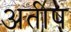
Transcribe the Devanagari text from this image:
अतीष